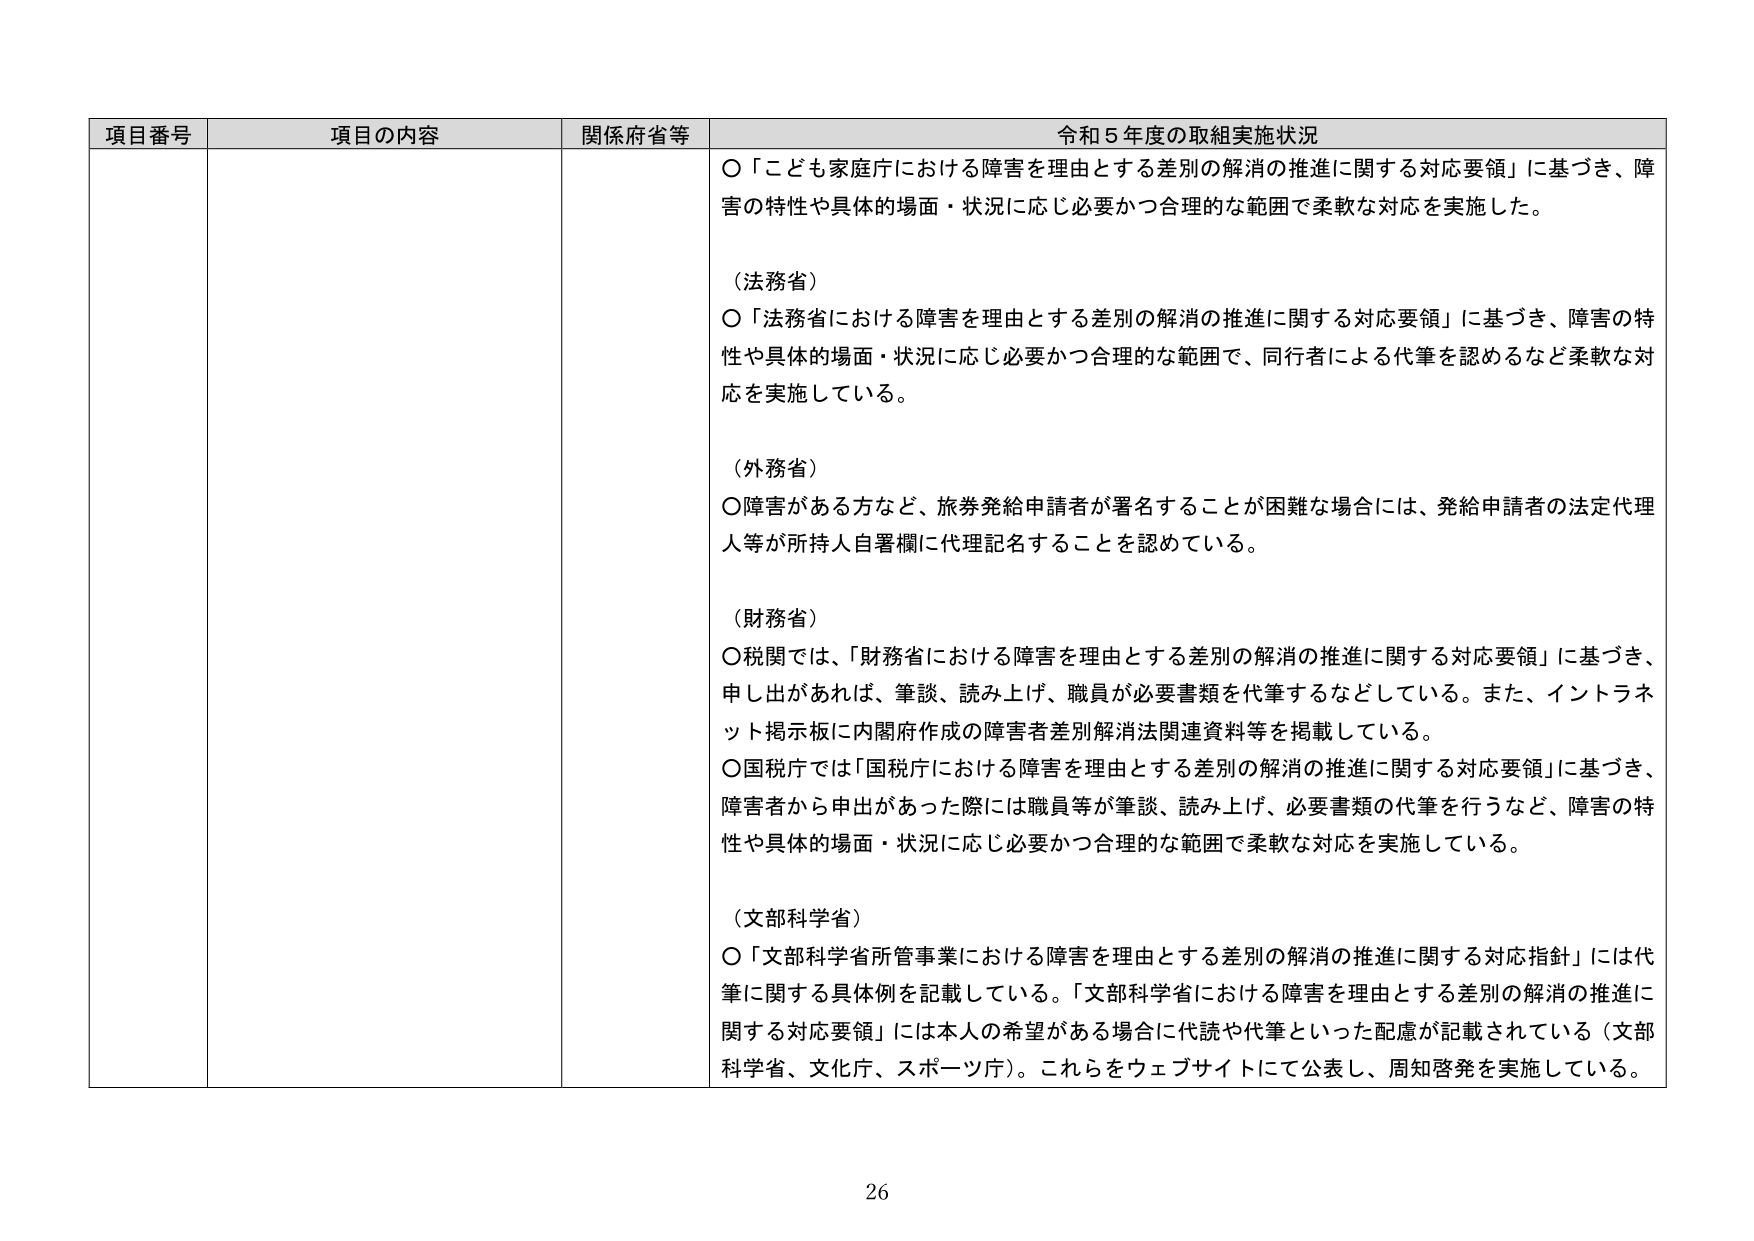
項目番号 項目の内容 関係府省等 令和５年度の取組実施状況
○「こども家庭庁における障害を理由とする差別の解消の推進に関する対応要領」に基づき、障害の特性や具体的場面・状況に応じ必要かつ合理的な範囲で柔軟な対応を実施した。
（法務省）
○「法務省における障害を理由とする差別の解消の推進に関する対応要領」に基づき、障害の特性や具体的場面・状況に応じ必要かつ合理的な範囲で、同行者による代筆を認めるなど柔軟な対応を実施している。
（外務省）
○障害がある方など、旅券発給申請者が署名することが困難な場合には、発給申請者の法定代理人等が所持人自署欄に代理記名することを認めている。
（財務省）
○税関では、「財務省における障害を理由とする差別の解消の推進に関する対応要領」に基づき、申し出があれば、筆談、読み上げ、職員が必要書類を代筆するなどしている。また、イントラネット掲示板に内閣府作成の障害者差別解消法関連資料等を掲載している。
○国税庁では「国税庁における障害を理由とする差別の解消の推進に関する対応要領」に基づき、障害者から申出があった際には職員等が筆談、読み上げ、必要書類の代筆を行うなど、障害の特性や具体的場面・状況に応じ必要かつ合理的な範囲で柔軟な対応を実施している。
（文部科学省）
○「文部科学省所管事業における障害を理由とする差別の解消の推進に関する対応指針」には代筆に関する具体例を記載している。「文部科学省における障害を理由とする差別の解消の推進に関する対応要領」には本人の希望がある場合に代読や代筆といった配慮が記載されている（文部科学省、文化庁、スポーツ庁）。これらをウェブサイトにて公表し、周知啓発を実施している。
26